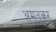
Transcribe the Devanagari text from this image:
अमृतकर